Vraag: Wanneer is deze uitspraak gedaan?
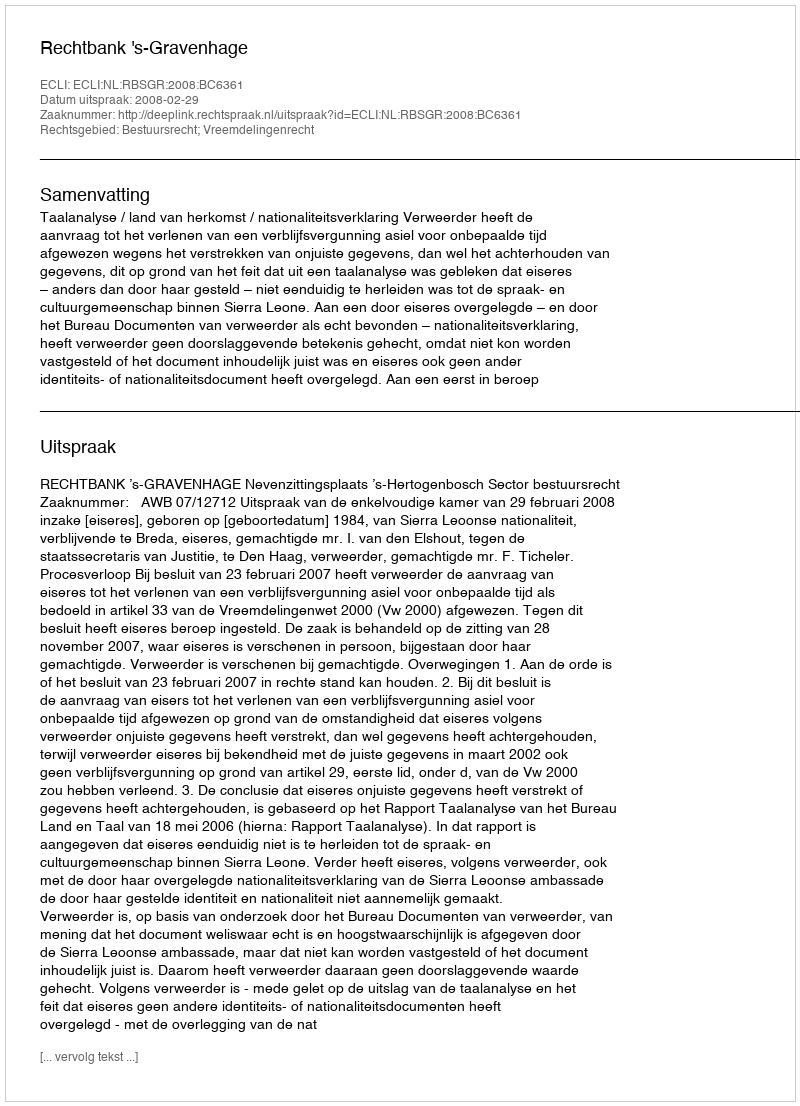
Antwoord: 2008-02-29